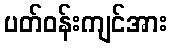
ပတ်ဝန်းကျင်အား